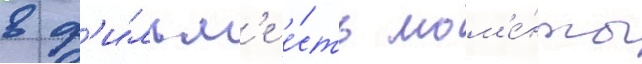
в ф'и́льм'е е́сть мом'е́нты